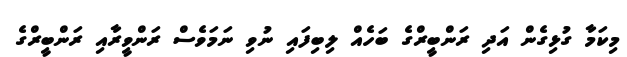
މިކަމާ ގުޅިގެން އަދި ރަންބީރްގެ ބަހެއް ލިބިފައި ނުވި ނަމަވެސް ރަންވީރާއި ރަންބީރްގެ